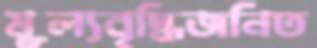
মূল্যবৃদ্ধিজনিত